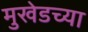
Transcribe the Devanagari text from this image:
मुखेडच्या